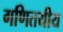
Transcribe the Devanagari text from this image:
गणितयीय